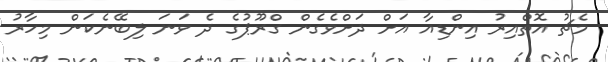
މެޗު އޮތްއިރު އިންޑިއާ އަށް ދަށްވެގެން ގްރޫޕުގެ ދެ ވަނަ ލިބޭނެކަން މިހާރު